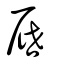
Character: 屜